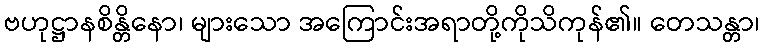
ဗဟုဋ္ဌာနစိန္တိနော၊ များသော အကြောင်းအရာတို့ကိုသိကုန်၏။ တေသန္တာ၊